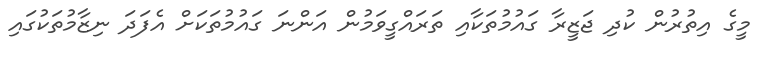
މީގެ އިތުރުން ކުދި ޖަޒީރާ ގައުމުތަކާއި ތަރައްގީވަމުން އަންނަ ގައުމުތަކަށް އެފަދަ ނިޒާމުތަކުގައި